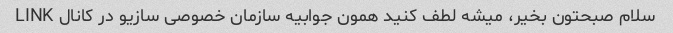
سلام صبحتون بخیر، میشه لطف کنید همون جوابیه سازمان خصوصی سازیو در کانال LINK